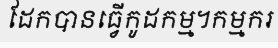
ដែកបានធ្វើកូដកម្ម។កម្មករ